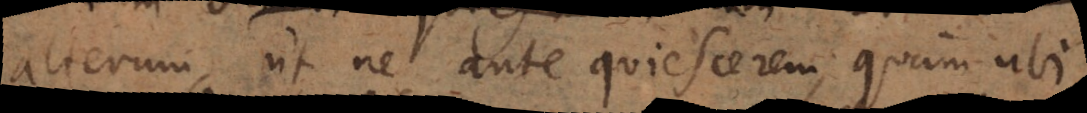
alterum, ut ne ante quiescerem quam ubi